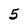
Character: 5